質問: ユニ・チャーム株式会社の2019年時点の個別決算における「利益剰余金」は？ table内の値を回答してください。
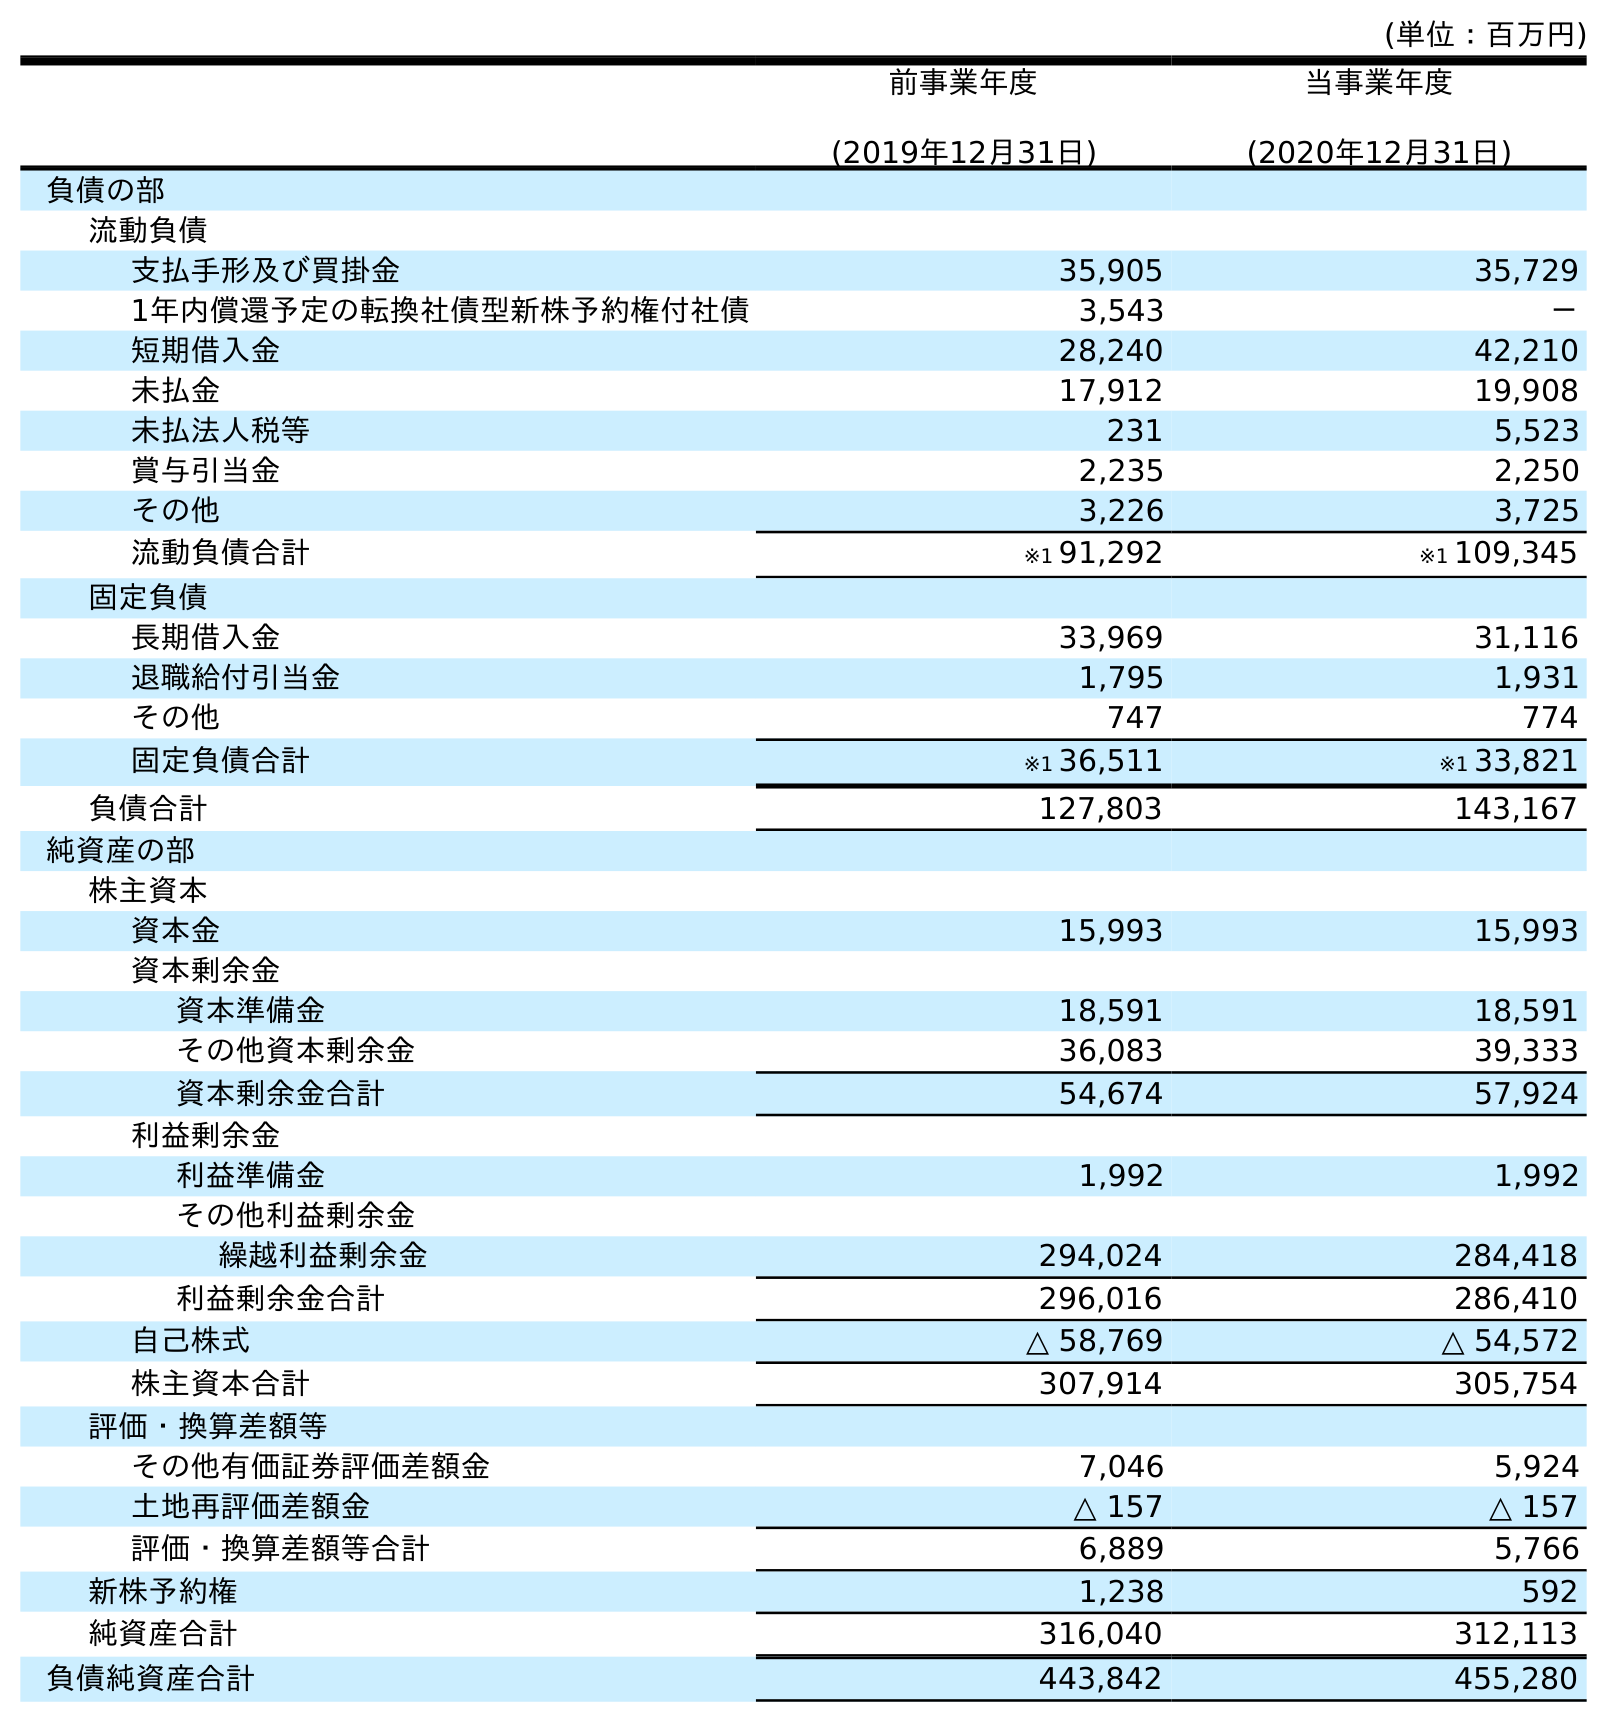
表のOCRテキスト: (単位：百万円) 前事業年度 (2019年12月31日) 当事業年度 (2020年12月31日) 負債の部 流動負債 支払手形及び買掛金 35,905 35,729 1年内償還予定の転換社債型新株予約権付社債 3,543 － 短期借入金 28,240 42,210 未払金 17,912 19,908 未払法人税等 231 5,523 賞与引当金 2,235 2,250 その他 3,226 3,725 流動負債合計 ※1 91,292 ※1 109,345 固定負債 長期借入金 33,969 31,116 退職給付引当金 1,795 1,931 その他 747 774 固定負債合計 ※1 36,511 ※1 33,821 負債合計 127,803 143,167 純資産の部 株主資本 資本金 15,993 15,993 資本剰余金 資本準備金 18,591 18,591 その他資本剰余金 36,083 39,333 資本剰余金合計 54,674 57,924 利益剰余金 利益準備金 1,992 1,992 その他利益剰余金 繰越利益剰余金 294,024 284,418 利益剰余金合計 296,016 286,410 自己株式 △ 58,769 △ 54,572 株主資本合計 307,914 305,754 評価・換算差額等 その他有価証券評価差額金 7,046 5,924 土地再評価差額金 △ 157 △ 157 評価・換算差額等合計 6,889 5,766 新株予約権 1,238 592 純資産合計 316,040 312,113 負債純資産合計 443,842 455,280
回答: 296,016